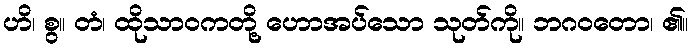
ဟိ၊ စွ။ တံ၊ ထိုသာဝကတို့ ဟောအပ်သော သုတ်ကို။ ဘဂဝတော၊ ၏။